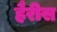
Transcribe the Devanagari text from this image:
हैरीस